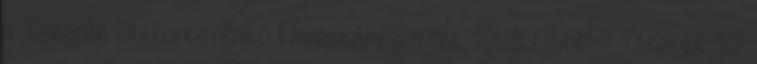
a Takarék Otthonteremtő Kamattámogatott 10 10 Hitel? Takarék 10